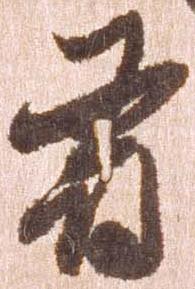
尋